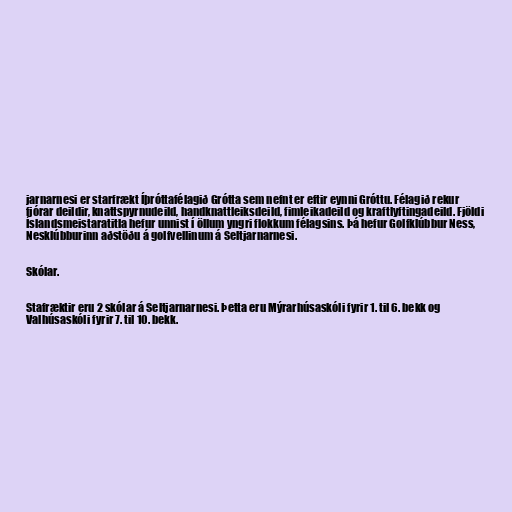
jarnarnesi er starfrækt Íþróttafélagið Grótta sem nefnt er eftir eynni Gróttu. Félagið rekur
fjórar deildir, knattspyrnudeild, handknattleiksdeild, fimleikadeild og kraftlyftingadeild. Fjöldi
Íslandsmeistaratitla hefur unnist í öllum yngri flokkum félagsins. Þá hefur Golfklúbbur Ness,
Nesklúbburinn aðstöðu á golfvellinum á Seltjarnarnesi.

Skólar.

Stafræktir eru 2 skólar á Seltjarnarnesi. Þetta eru Mýrarhúsaskóli fyrir 1. til 6. bekk og
Valhúsaskóli fyrir 7. til 10. bekk.